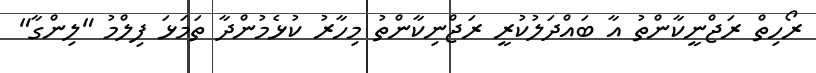
ރޯހިތް ރަޖްނީކާންތު އާ ބައްދަލުކުރީ ރަޖްނިކާންތު މިހާރު ކުޅެމުންދާ ތަމަޅަ ފިލްމު "ލިންގާ"